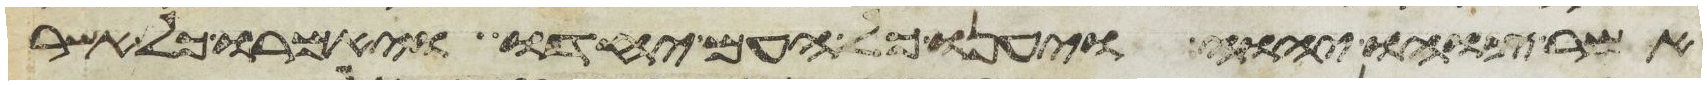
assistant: אשר צוהו יהוה ויענו כל העם יחדו ויאמרו כל אשר